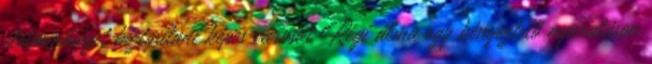
életminőséget biztosítani képes városát Régi álma egy kényeztető nyaraláson